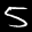
Label: 5